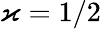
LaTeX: \varkappa=1/2